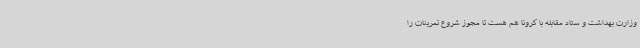
وزارت بهداشت و ستاد مقابله با کرونا هم هست تا مجوز شروع تمرینات را